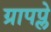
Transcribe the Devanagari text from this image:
ग्रापप्ले